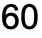
60